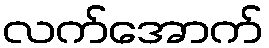
လက်အောက်